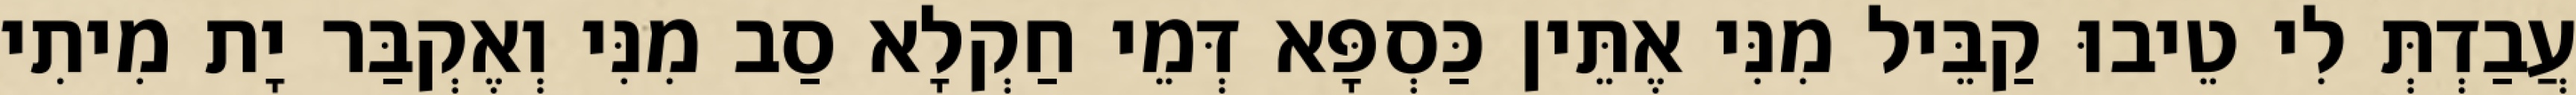
עֲבַדְתְּ לִי טֵיבוּ קַבֵּיל מִנִּי אֶתֵּין כַּסְפָּא דְּמֵי חַקְלָא סַב מִנִּי וְאֶקְבַּר יָת מִיתִי